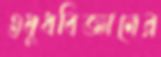
ওষুধবিজ্ঞানের